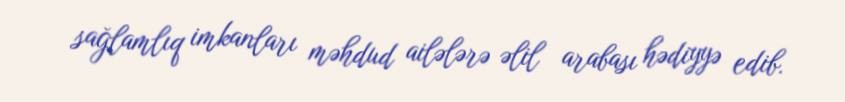
sağlamlıq imkanları məhdud ailələrə əlil arabası hədiyyə edib.